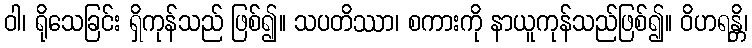
ဝါ၊ ရိုသေခြင်း ရှိကုန်သည် ဖြစ်၍။ သပတိဿာ၊ စကားကို နာယူကုန်သည်ဖြစ်၍။ ဝိဟရန္တိ၊